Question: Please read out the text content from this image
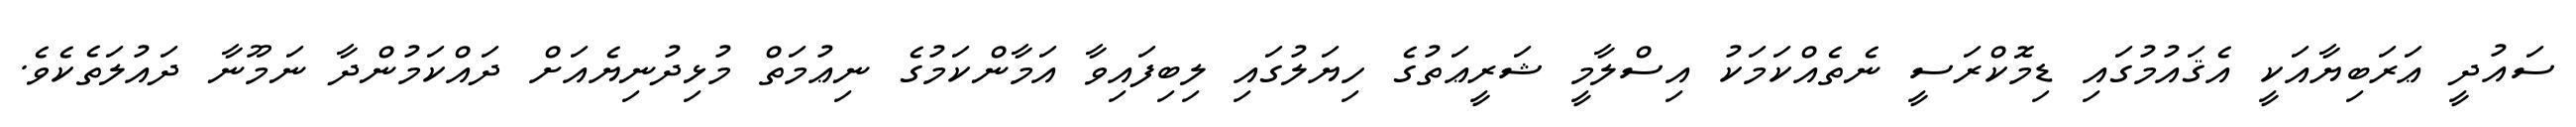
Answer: ސައުދީ ޢަރަބިޔާއަކީ އެޤައުމުގައި ޑިމޮކްރަސީ ނެތެއްކަމަކު އިސްލާމީ ޝަރީޢަތުގެ ހިޔަލުގައި ލިބިފައިވާ އަމާންކަމުގެ ނިޢުމަތް މުޅިދުނިޔެއަށް ދައްކަމުންދާ ނަމޫނާ ދައުލަތެކެވެ.